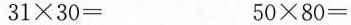
$$ 3 1 \times 3 0 =$$ $$ 5 0 \times 8 0 = $$